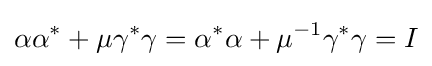
\alpha \alpha ^{*}+\mu \gamma ^{*}\gamma =\alpha ^{*}\alpha +\mu ^{-1}\gamma ^{*}\gamma =I